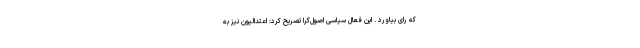
که رای بیاورد . این فعال سیاسی اصول‌گرا تصریح کرد: اعتدالیون نیز به